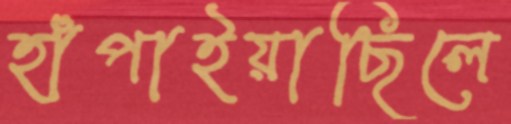
হাঁপাইয়াছিলে